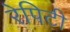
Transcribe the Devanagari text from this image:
रेपिटी